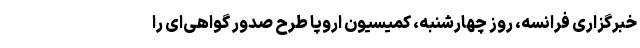
خبرگزاری فرانسه، روز چهارشنبه، کمیسیون اروپا طرح صدور گواهی‌ای را